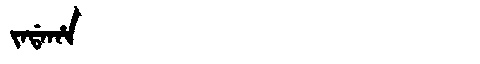
Manchu: ᠵᠠᡩᠠᡥᠠ
Romanization: JADAHA